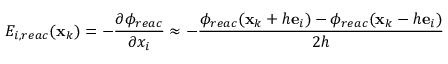
{ E } _ { i , r e a c } ( \mathbf { x } _ { k } ) = - \frac { \partial \phi _ { r e a c } } { \partial x _ { i } } \approx - \frac { \phi _ { r e a c } ( \mathbf { x } _ { k } + h \mathbf { e } _ { i } ) - \phi _ { r e a c } ( \mathbf { x } _ { k } - h \mathbf { e } _ { i } ) } { 2 h }